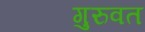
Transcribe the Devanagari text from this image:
गुरुवत